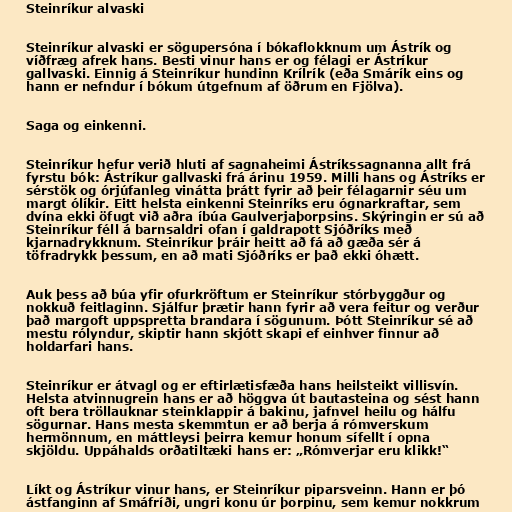
Steinríkur alvaski

Steinríkur alvaski er sögupersóna í bókaflokknum um Ástrík og
víðfræg afrek hans. Besti vinur hans er og félagi er Ástríkur
gallvaski. Einnig á Steinríkur hundinn Krílrík (eða Smárík eins og
hann er nefndur í bókum útgefnum af öðrum en Fjölva).

Saga og einkenni.

Steinríkur hefur verið hluti af sagnaheimi Ástríkssagnanna allt frá
fyrstu bók: Ástríkur gallvaski frá árinu 1959. Milli hans og Ástríks er
sérstök og órjúfanleg vinátta þrátt fyrir að þeir félagarnir séu um
margt ólíkir. Eitt helsta einkenni Steinríks eru ógnarkraftar, sem
dvína ekki öfugt við aðra íbúa Gaulverjaþorpsins. Skýringin er sú að
Steinríkur féll á barnsaldri ofan í galdrapott Sjóðríks með
kjarnadrykknum. Steinríkur þráir heitt að fá að gæða sér á
töfradrykk þessum, en að mati Sjóðríks er það ekki óhætt.

Auk þess að búa yfir ofurkröftum er Steinríkur stórbyggður og
nokkuð feitlaginn. Sjálfur þrætir hann fyrir að vera feitur og verður
það margoft uppspretta brandara í sögunum. Þótt Steinríkur sé að
mestu rólyndur, skiptir hann skjótt skapi ef einhver finnur að
holdarfari hans.

Steinríkur er átvagl og er eftirlætisfæða hans heilsteikt villisvín.
Helsta atvinnugrein hans er að höggva út bautasteina og sést hann
oft bera tröllauknar steinklappir á bakinu, jafnvel heilu og hálfu
sögurnar. Hans mesta skemmtun er að berja á rómverskum
hermönnum, en máttleysi þeirra kemur honum sífellt í opna
skjöldu. Uppáhalds orðatiltæki hans er: „Rómverjar eru klikk!“

Líkt og Ástríkur vinur hans, er Steinríkur piparsveinn. Hann er þó
ástfanginn af Smáfríði, ungri konu úr þorpinu, sem kemur nokkrum